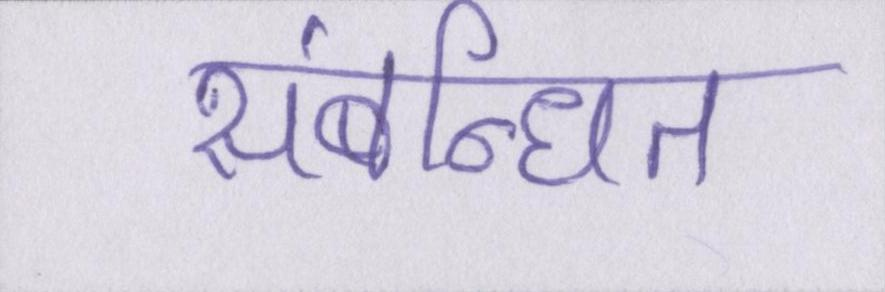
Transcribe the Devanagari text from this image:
संबन्धित